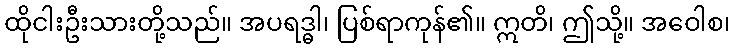
ထိုငါးဦးသားတို့သည်။ အပရဒ္ဓါ၊ ပြစ်ရာကုန်၏။ ဣတိ၊ ဤသို့။ အဝေါစ၊